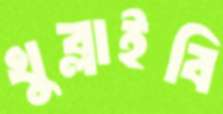
খুব্‌লাইবি